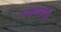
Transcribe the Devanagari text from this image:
थकानादि